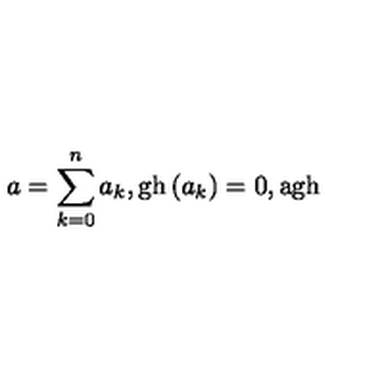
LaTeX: a = \sum _ { k = 0 } ^ { n } a _ { k } , \mathrm { g h } \left( a _ { k } \right) = 0 , \mathrm { a g h }